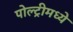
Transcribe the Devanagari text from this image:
पोल्ट्रीमध्ये